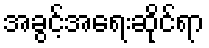
အခွင့်အရေးဆိုင်ရာ